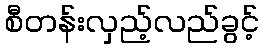
စီတန်းလှည့်လည်ခွင့်